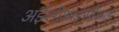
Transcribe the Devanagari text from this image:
अईसीआईसीआई